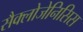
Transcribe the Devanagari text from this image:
सैक्लोजेनिसिस